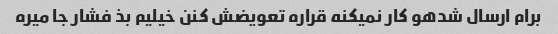
برام ارسال شدهو کار نمیکنه قراره تعویضش کنن خیلیم بذ فشار جا میره